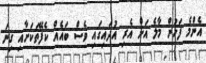
އެންމެ ފަހުން މާލެ އަށް އެރި އުދައިގައި ވެސް ބައެއް ކެފޭތަކަށާއި ގިނަ